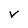
Character: V